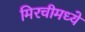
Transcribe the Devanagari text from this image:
मिरचीमध्ये